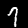
Digit: 9